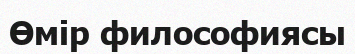
Өмір философиясы